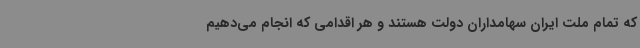
که تمام ملت ایران سهامداران دولت هستند و هر اقدامی که انجام می‌دهیم